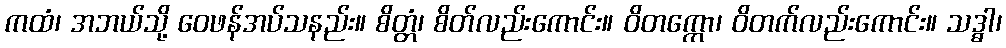
ကထံ၊ အဘယ်သို့ ဝေဖန်အပ်သနည်း။ စိတ္တံ၊ စိတ်လည်းကောင်း။ ဝိတက္ကော၊ ဝိတက်လည်းကောင်း။ သဒ္ဓါ၊